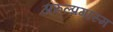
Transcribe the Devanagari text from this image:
अरुल्प्रगास्म